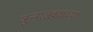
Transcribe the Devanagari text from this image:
जुन्‍नरजवळच्या